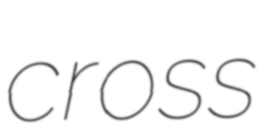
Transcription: cross